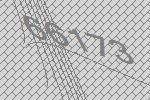
66173